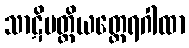
သာဋိမတ္တိယတ္ထေရဂါထာ